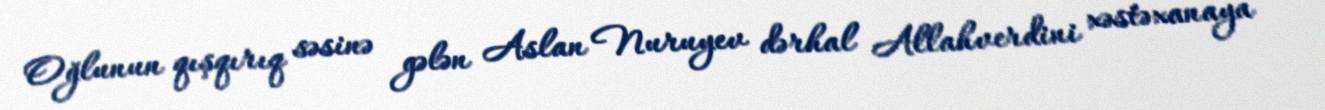
Oğlunun qışqırıq səsinə gələn Aslan Nuruyev dərhal Allahverdini xəstəxanaya